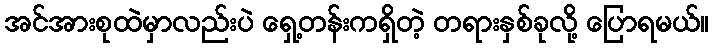
အင်အားစုထဲမှာလည်းပဲ ရှေ့တန်းကရှိတဲ့ တရားနှစ်ခုလို့ ပြောရမယ်။